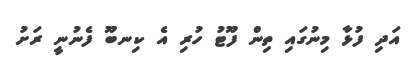
އަދި ފުޅާ މިނުގައި ތިން ފޫޓު ހުރި އެ ކިނބޫ ފެނުނީ ރަށު